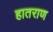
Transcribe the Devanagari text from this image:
हातराण